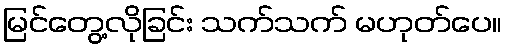
မြင်တွေ့လိုခြင်း သက်သက် မဟုတ်ပေ။